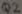
Text: Q2